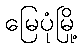
မြေပုံမြို့